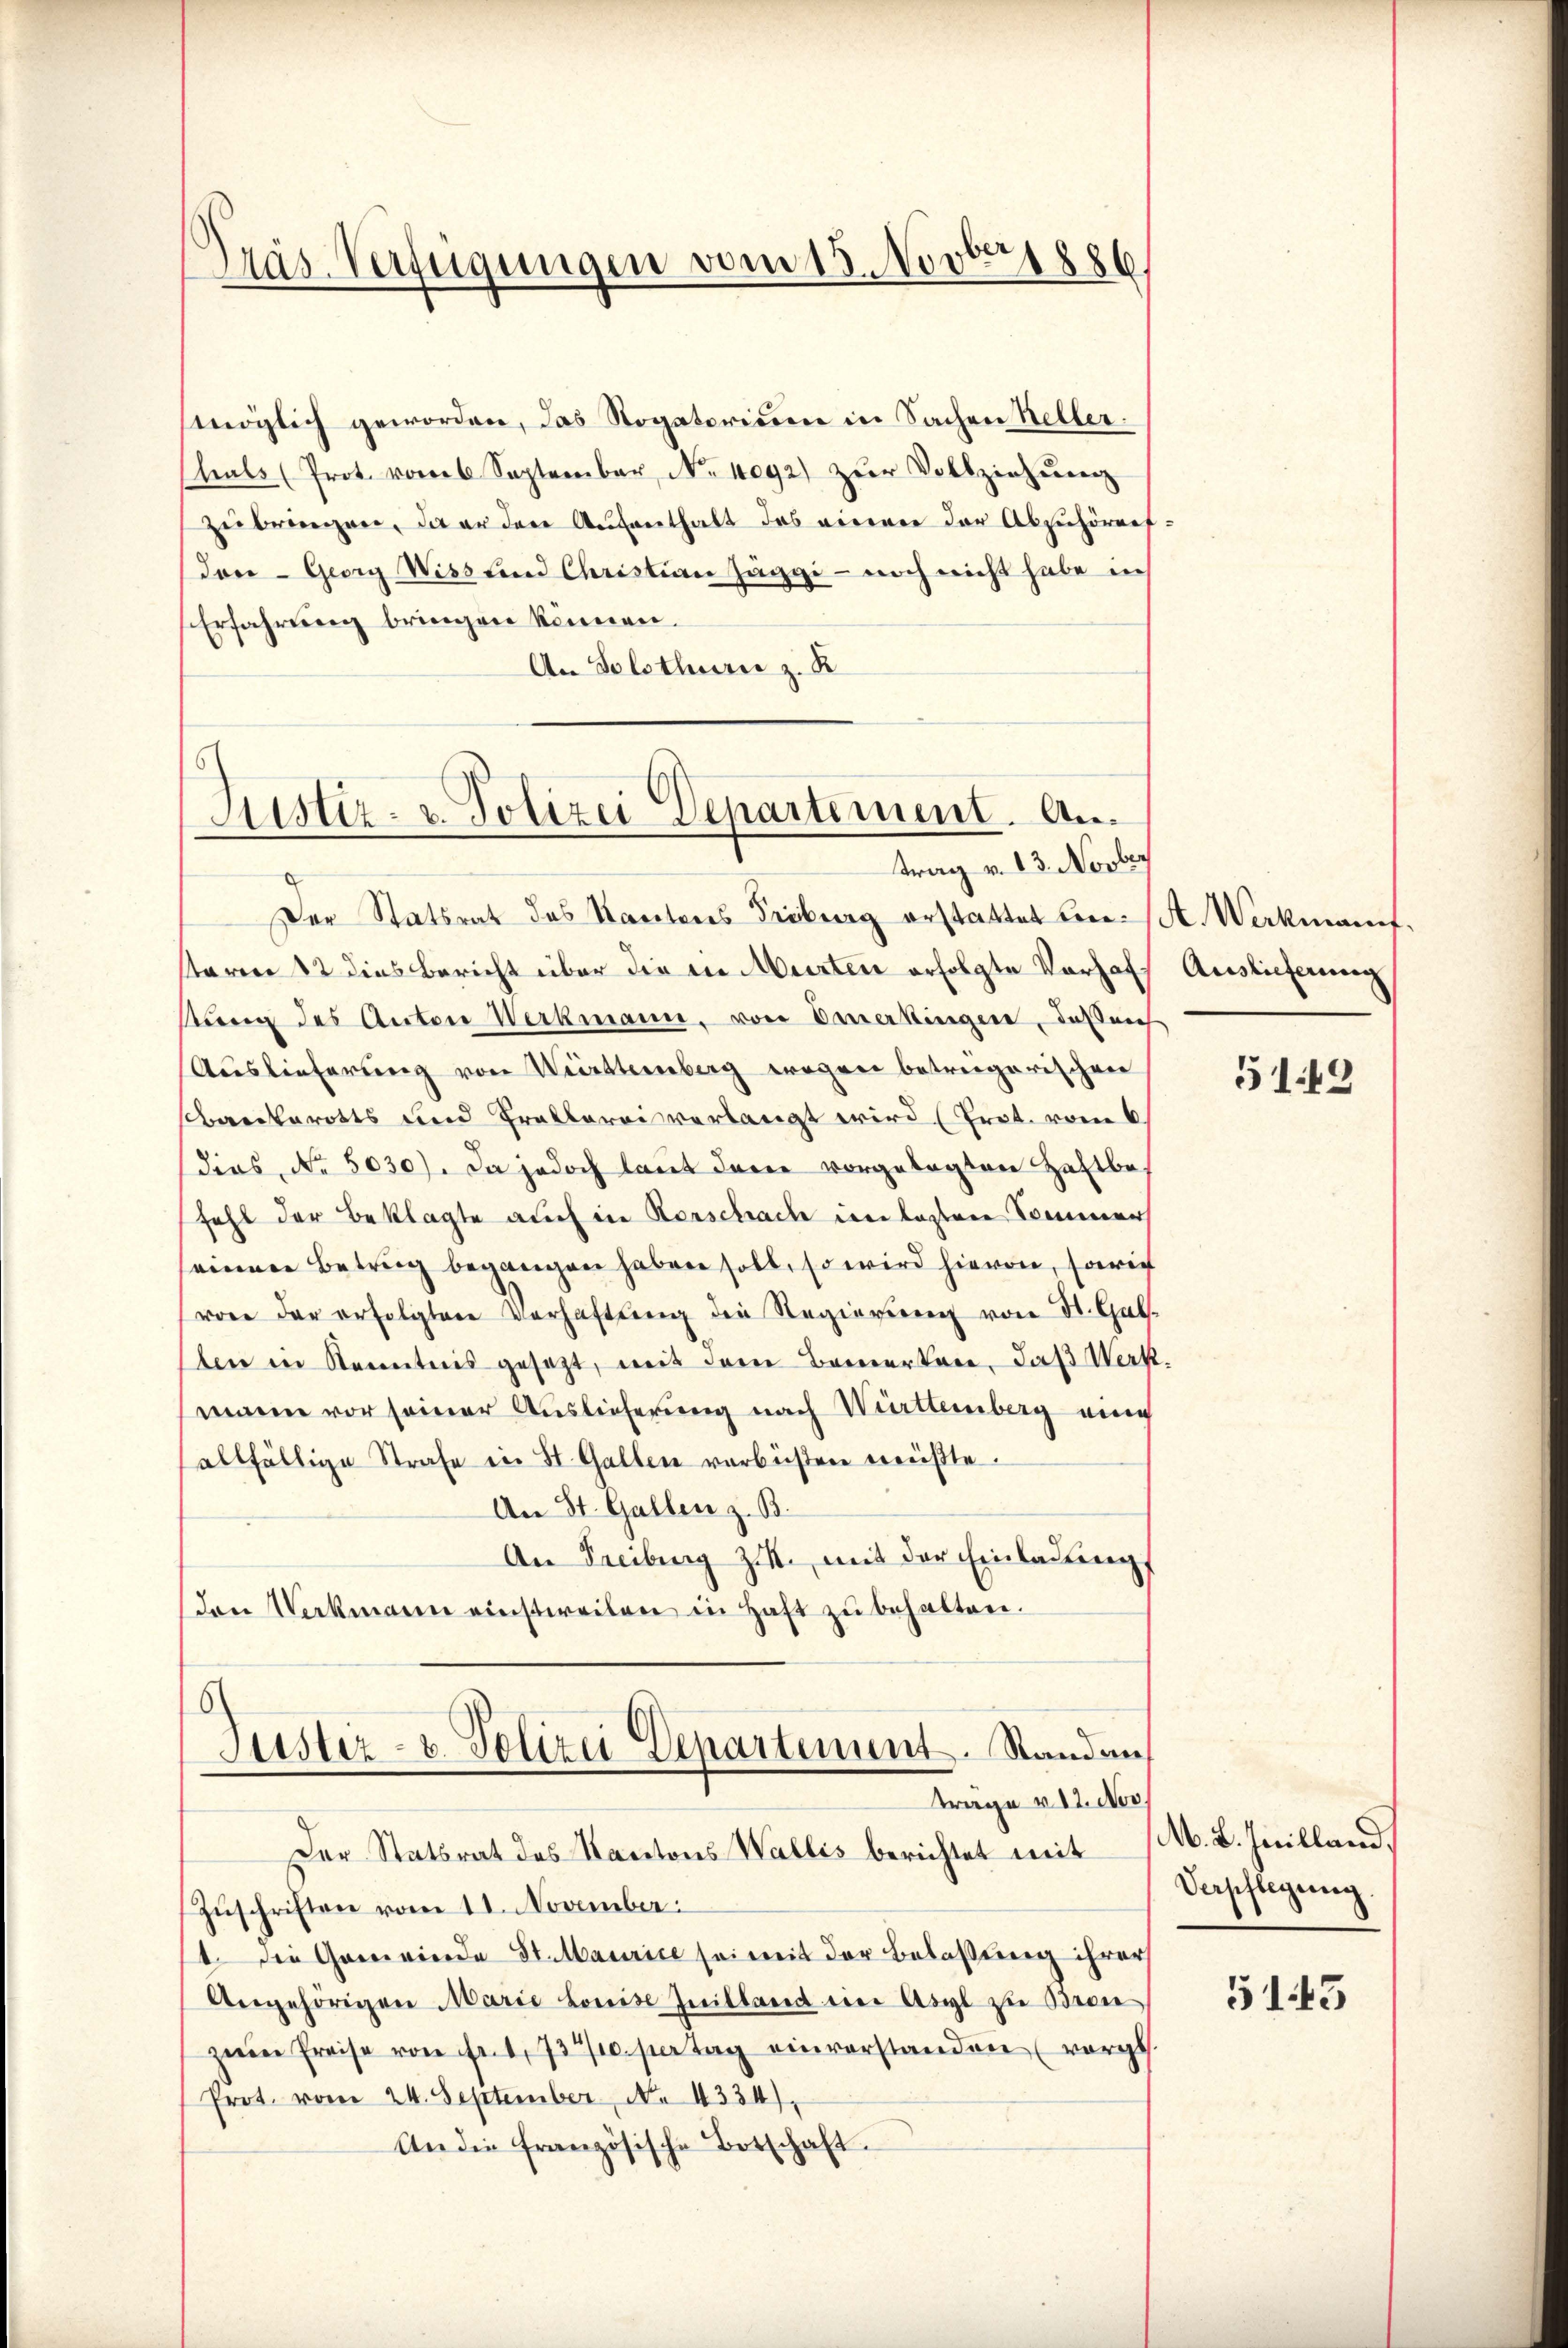
Präs. Verfügungen vom 15. Novbr. 1886

möglich geworden, das Rogatorium in Sachen Kellerhals (Prot. vom 6 September, No 1092) zur Vollziehenen
zŭbringen, da er den Aŭfenthalt das einen der Absichörref:
dan - Georg Wiss und Christian Jäggi - noch nicht habe in
Erfahrung bringen können.
An Solothurn z. R.

Justiz- u. Polizei Departement. Antrag v. 13. Novber

Der Statsrat des Kantons Fribourg erstattet in A. Werkmannf,
staren 12 dies Bericht über die in Murten erfolgte Vorhafsŭng des Anton Werkmann, von Dauerkingen, das leich
Auslieferung von Württemberg wegen betreigerischen
sbaeckerotts und Grollarii verlangt wird (Prot. vom 6.
(dies No 5030). Da jedoch laut dare vorgelegten Haftbe-
fahl der Beklagte auch in Kerschach im losten Sommer
seinen Betrug begangen haben soll, so wird hievon, sowie
von der erfolgtere Verhaftung die Regierung von St. Gub.
ben in Kenntnis gesetzt, mit dem Bemerken. Daß Werk
mann vor seiner Auslieferung nach Württemberg eing
allfällige Strafe in St. Gallen verbüßen wüßte.
An St. Gallen z. B.
An Freiburg z. mit der Einladung,
den Werkmann einstweilen in Haft zŭ behalten.
Justiz- & Polizei Departement. Standan
trage v. 12 des
Der Statsrat des Kantons Wallis berichtet mit
Zuschriften vom 11. November.
4. die Gemeierden St. Maurice sei mit der Belassung ihrer
Angehörigen Marie Louise Guilland eine Asyl zu Bron
zem Preise von Fr. 1730. pertag einverstanden (vorge
Prot. vom 24. September No. 4334),
An die französische Botschaft.

Auslieferung

5149

M. L. Juilland.
Verpflegung

5143